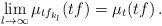
LaTeX: \begin{align*}\lim_{l \to \infty} \mu_{tf_{k_l}}(tf) = \mu_t(tf)\,.\end{align*}